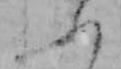
ふ